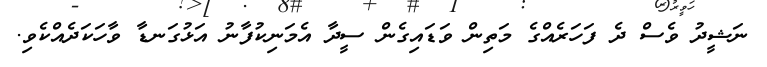
ނަޝީދު ވެސް ދެ ފަހަރެއްގެ މަތިން ވަޑައިގެން ސީދާ އެމަނިކުފާނު އަޅުގަނޑާ ވާހަކަދެއްކެވި.